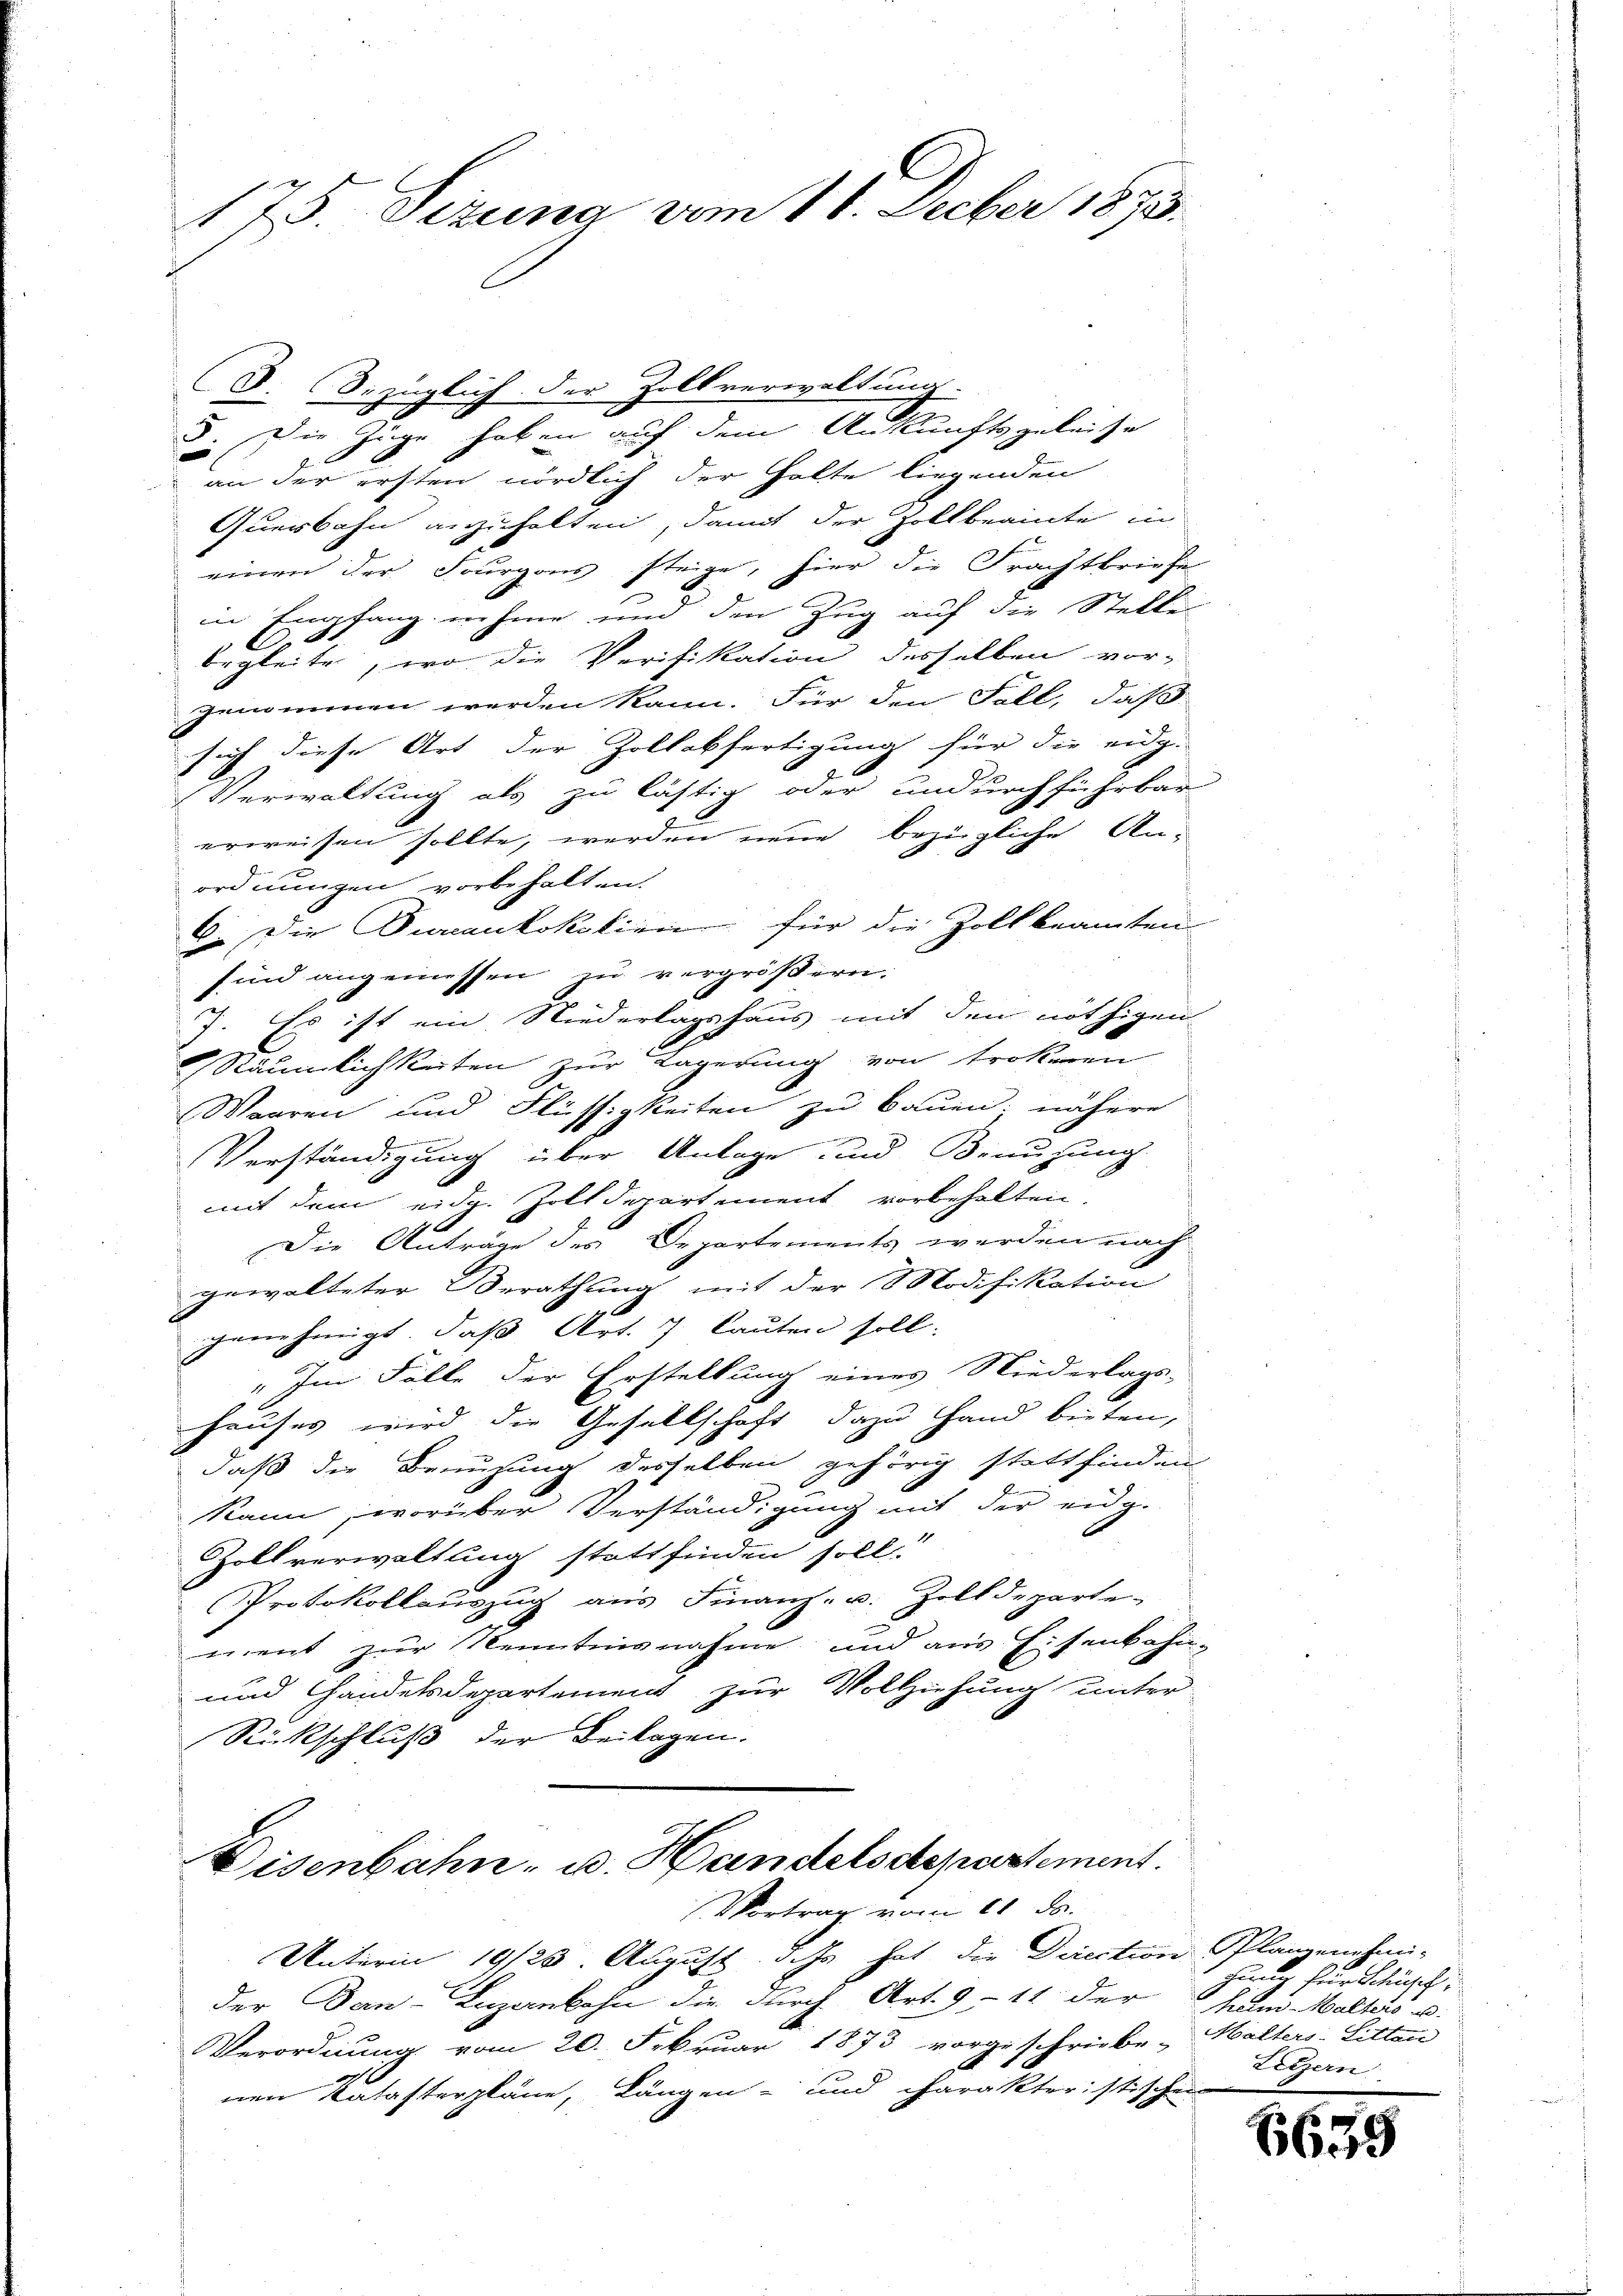
175. Sizung vom 11. Decber 1873.

an der ersten nördlich der halte liegenden
Querbahn anzuhalten, damit der Zollbeamte in
einen der Fourgons steige, hier die Frachtbriefe
in Empfang nehme und den Zug auf die Stellen
begleite, wo die Verifikation desselben vor-
genommen werden kann. Für den Fall, daß
sich diese Art der Zollabfertigung für die eidg.
Verwaltung als zu lästig oder undurchführbar
erweisen sollte, werden neue bezügliche An-
ordnungen vorbehalten.
6. Die Juraukokalien für die Zollbeamten
sind angemessen zu vergrößern.
7. Es ist ein Niederlagshaus mit den nöthigen
Räumlichkeiten zur Lagerung von trokeen
Warren und Flüssigkeiten zu bauen; nähere
mrenen verner genante in
Verständigung über Anlage und Benuzung
mit dem eidg. Zolldepartement vorbehalten.
Die Anträge des Departements werden nach
gewalteter Berathung mit der Modifikation
genehmigt, daß Art. 7 lauten soll.
" Im Fälle der Erstellung eines Niederlags-
Hauses wird die Gesellschaft dazu Hand bieten,
daß die Benuzung desselben gehörig stattfinden
kann, worüber Verständigung mit der eidg.
Zollverwaltung stattfinden soll.
Protokollauszug aus Finanz- u. Zolldeparte-
ment zur Kenntnisnahme und aus Eisenbahn-
und Handelsdepartement zur Vollziehung unter
Rückschluß der Beilagen.

6.

3. bezüglich der Zollverwaltung.
8. Die Züge haben auf dem Ankunftsgeleise

Eisenbahn- u. Handelsdepartement.
Vortrag vom 11. ds.

Unterin 19/23. August, dass hat die Direction Plangenehmi-
der Dan-Luzernbahn die durch Art. 9, 11 der kam Wallis u.
Verordnung vom 20. Februar 1873 vorgeschriebe-
nen Katasterpläne, Längen- und charakteristischen

hung für Schusch,
Malters: Litten
Luzern

665

c